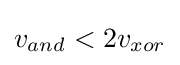
v_{and}<2v_{xor}